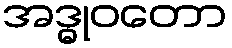
အဒ္ဓုဝတော